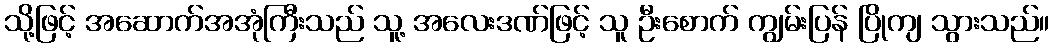
သို့ဖြင့် အဆောက်အအုံကြီးသည် သူ့ အလေးဒဏ်ဖြင့် သူ ဦးစောက် ကျွမ်းပြန် ပြိုကျ သွားသည်။